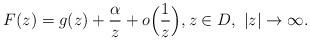
LaTeX: \begin{align*}F(z) = g(z)+\frac{\alpha}{z} + o\Big(\frac{1}{z}\Big), z\in D, \ |z|\to\infty.\end{align*}